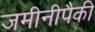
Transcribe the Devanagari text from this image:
जमीनीपैकी